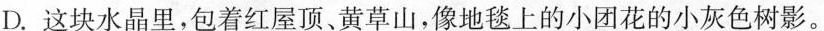
D.这块水晶里，包着红屋顶、黄草山，像地毯上的小团花的小灰色树影。